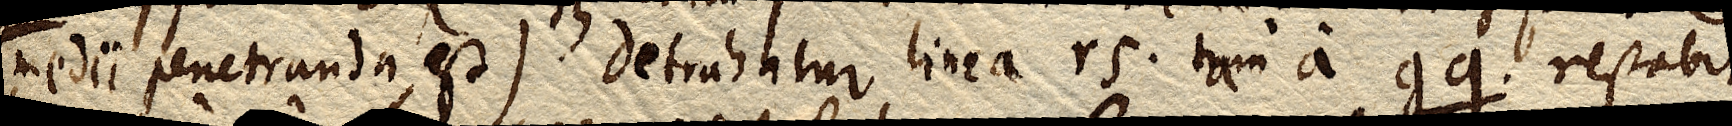
medii penetranda est) detrahatur linea rs. tam a gq. restabit